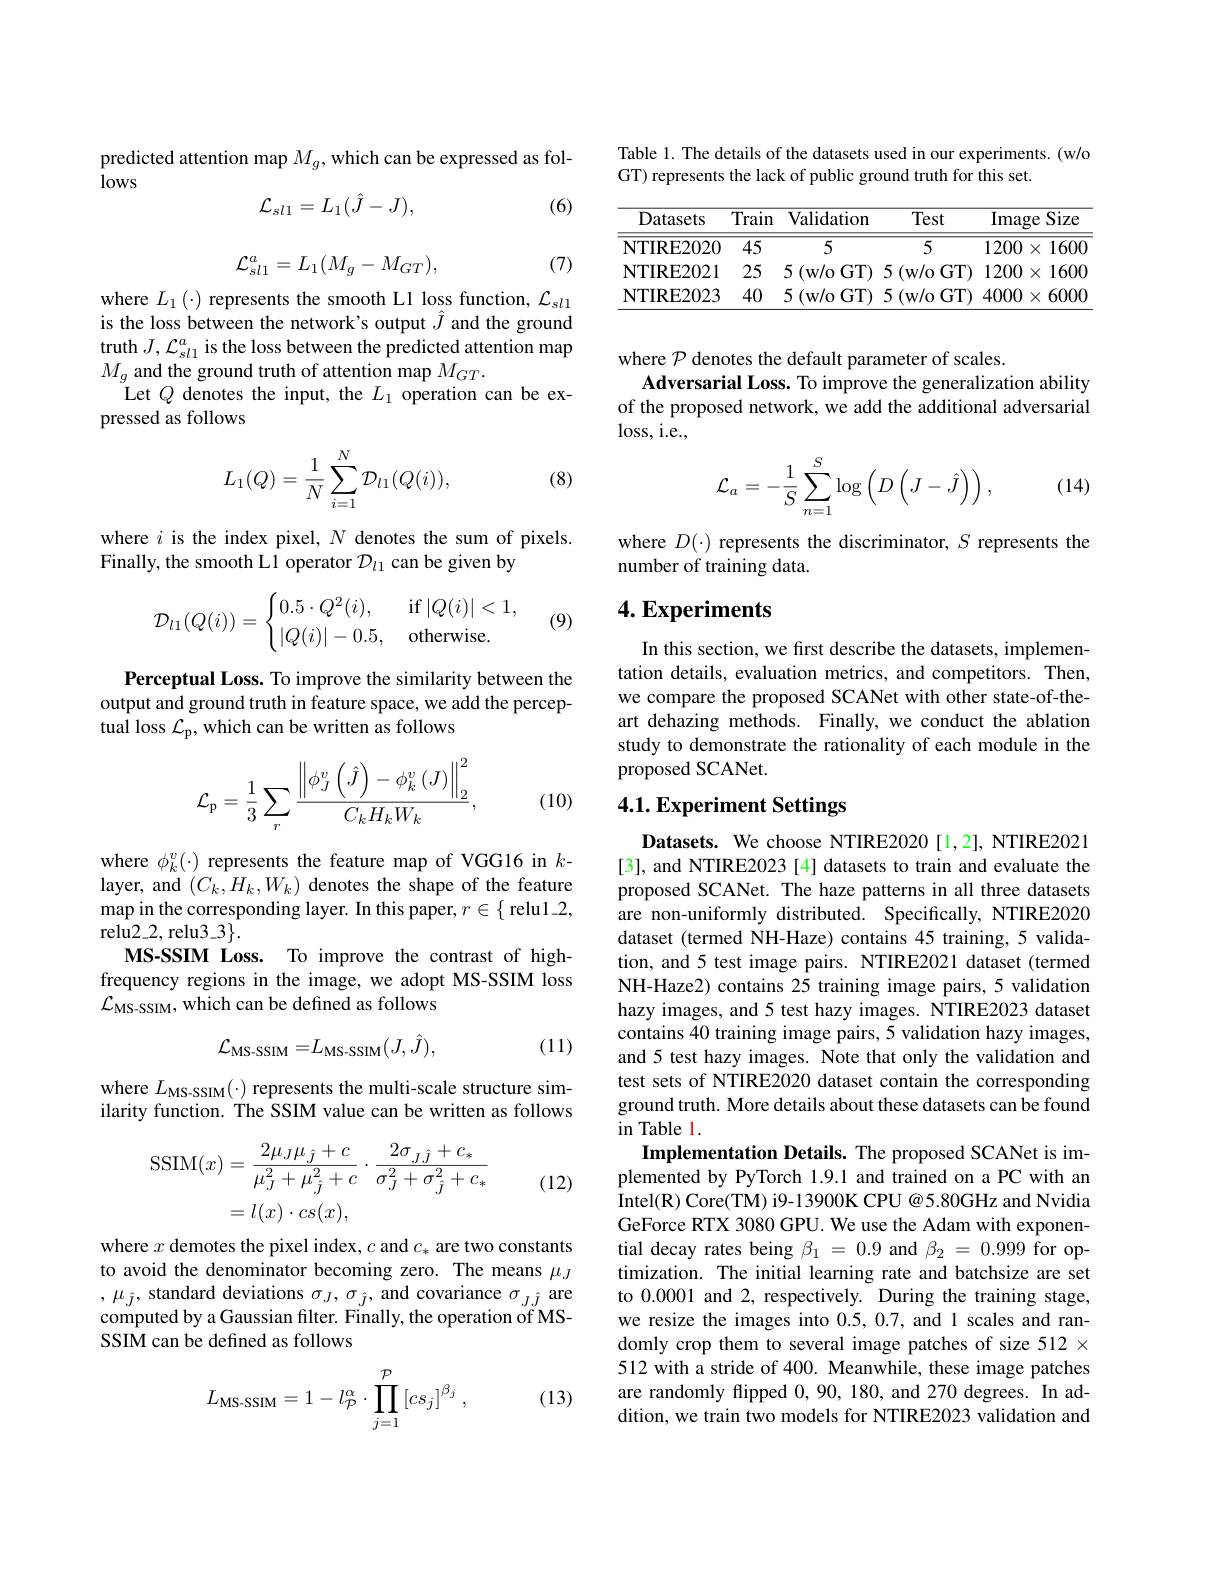
predicted attention map $M_g$, which can be expressed as fol-
lows
$$\mathcal{L}_{sl1}=L_{1}(\hat{J}-J),$$
(6)
$$\mathcal{L}_{sl1}^{a}=L_{1}(M_{g}-M_{GT}),$$
(7)

where $L_1(\cdot)$ represents the smooth L1 loss function, $\mathcal{L}_sl1$ is the loss between the network's output $\hat{J}$ and the ground truth $J,\mathcal{L}_sl1^a$ is the loss between the predicted attention map $M_{g}$ and the ground truth of attention map $M_GT.$
Let $Q$ denotes the input, the $L_1$ operation can be ex-
pressed as follows

(8)
$$\begin{aligned}L_1(Q)=\frac{1}{N}\sum_{i=1}^{N}\mathcal{D}_{l1}(Q(i)),\end{aligned}$$
where $i$ is the index pixel, $N$ denotes the sum of pixels.
Finally, the smooth L1 operator $\mathcal{D}_l_1$ can be given by
$$\mathcal{D}_{l1}(Q(i))=\begin{cases}0.5\cdot Q^2(i),&\text{if}\:|Q(i)|<1,\\|Q(i)|-0.5,&\text{otherwise.}\end{cases}$$
(9)

Perceptual Loss. To improve the similarity between the output and ground truth in feature space, we add the perceptual loss $\mathcal{L}_\mathrm{p}$,which can be written as follows
$$\mathcal{L}_{\mathrm{p}}=\frac{1}{3}\sum_{r}\frac{\left\|\phi_{J}^{v}\left(\hat{J}\right)-\phi_{k}^{v}\left(J\right)\right\|_{2}^{2}}{C_{k}H_{k}W_{k}},$$
(10)

where $\phi_k^v(\cdot)$ represents the feature map of VGG16 in $k-$ layer, and $(C_k,H_k,W_k)$ denotes the shape of the feature map in the corresponding layer. In this paper, $r\in\{$ relu12, $relu2\_2, relu3\_3\}.$
MS-SSIM Loss. To improve the contrast of highfrequency regions in the image, we adopt MS-SSIM loss $\mathcal{L}_{\mathrm{MS-SSIM,~which~can~be~defined~as~follows}}$
$$\mathcal{L}_{\mathrm{MS-SSIM}}=L_{\mathrm{MS-SSIM}}(J,\hat{J}),$$
(11)

where $L_{\mathrm{MS-SSIM}}(\cdot)$ represents the multi-scale structure similarity function. The SSIM value can be written as follows
$$\begin{aligned}\mathrm{SSIM}(x)&=\frac{2\mu_{J}\mu_{\hat{J}}+c}{\mu_{J}^{2}+\mu_{\hat{J}}^{2}+c}\cdot\frac{2\sigma_{J\hat{J}}+c_{*}}{\sigma_{J}^{2}+\sigma_{\hat{J}}^{2}+c_{*}}\\&=l(x)\cdot cs(x),\end{aligned}$$
(12)

where $x$ demotes the pixel index, $c$ and $c_*$ are two constants to avoid the denominator becoming zero. The means $\mu_J$ $,\mu_{\hat{j}}$,standard deviations $\sigma_J,\sigma_{\hat{j}}$, and covariance $\sigma_{J\hat{J}}$ are computed by a Gaussian filter. Finally, the operation of MSSSIM can be defined as follows

(13)
$$L_{\text{MS-SSIM}}=1-l_{\mathcal{P}}^{\alpha}\cdot\prod_{j=1}^{\mathcal{P}}\left[cs_{j}\right]^{\beta_{j}},$$
Table 1. The details of the datasets used in our experiments. (w/o
GT) represents the lack of public ground truth for this set.

<table>
	<tbody>
		<tr>
			<th>Datasets</th>
			<th>Train</th>
			<th>Validation</th>
			<th>Test</th>
			<th>Image Size</th>
		</tr>
		<tr>
			<td>NTIRE2020</td>
			<td>45</td>
			<td>5</td>
			<td>5 1.</td>
			<td>200 1600 $X$</td>
		</tr>
		<tr>
			<td>NTIRE2021</td>
			<td>25</td>
			<td>5 (w/o GT)</td>
			<td>(w/o GT) 1</td>
			<td>200 $X$ 1600</td>
		</tr>
		<tr>
			<td>NTIRE2023</td>
			<td>40</td>
			<td>5 (w/o GT)</td>
			<td>(w/o GT) 4</td>
			<td>1000 $X$ 6000</td>
		</tr>
	</tbody>
</table>

where $\mathcal{P}$ denotes the default parameter of scales.
Adversarial Loss. To improve the generalization ability of the proposed network, we add the additional adversarial $loss,i.e.$,
$$\mathcal{L}_a=-\dfrac{1}{S}\sum_{n=1}^S\log\left(D\left(J-\hat{J}\right)\right),$$
(14)

where $D(\cdot)$ represents the discriminator, $S$ represents the
number of training data.

## $4. \textbf{Experiments}$

In this section, we first describe the datasets, implementation details, evaluation metrics, and competitors. Then, we compare the proposed SCANet with other state-of-theart dehazing methods. Finally, we conduct the ablation study to demonstrate the rationality of each module in the proposed SCANet.

# 4.1. Experiment Settings

Datasets. We choose NTIRE2020[1,2], NTIRE2021 [3], and NTIRE2023 [4] datasets to train and evaluate the proposed SCANet. The haze patterns in all three datasets are non-uniformly distributed. Specifically, NTIRE2020 dataset (termed NH-Haze) contains 45 training, 5 validation, and 5 test image pairs. NTIRE2021 dataset (termed NH-Haze2) contains 25 training image pairs, 5 validation hazy images, and 5 test hazy images. NTIRE2023 dataset contains 40 training image pairs, 5 validation hazy images, and 5 test hazy images. Note that only the validation and test sets of NTIRE2020 dataset contain the corresponding ground truth. More details about these datasets can be found in Table 1.
Implementation Details. The proposed SCANet is implemented by PyTorch 1.9.1 and trained on a PC with an Intel(R) Core(TM) i9-13900K CPU @5.80GHz and Nvidia GeForce RTX 3080 GPU. We use the Adam with exponential decay rates being $\beta_1=0.9$ and $\beta_2=0.999$ for optimization. The initial learning rate and batchsize are set to 0.0001 and 2, respectively. During the training stage, we resize the images into 0.5,0.7, and 1 scales and randomly crop them to several image patches of size 512 x 512 with a stride of 400. Meanwhile, these image patches are randomly flipped 0,90,180, and 270 degrees. In addition, we train two models for NTIRE2023 validation and